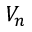
V _ { n }